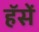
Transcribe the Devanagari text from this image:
हॅसें